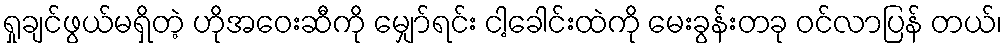
ရှုချင်ဖွယ်မရှိတဲ့ ဟိုအဝေးဆီကို မျှော်ရင်း ငါ့ခေါင်းထဲကို မေးခွန်းတခု ဝင်လာပြန် တယ်၊